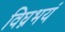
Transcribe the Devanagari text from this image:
विघ्नभयं